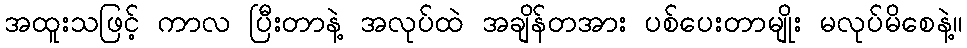
အထူးသဖြင့် ကာလ ပြီးတာနဲ့ အလုပ်ထဲ အချိန်တအား ပစ်ပေးတာမျိုး မလုပ်မိစေနဲ့။